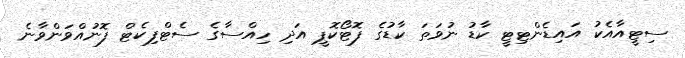
ސިޓީއާއެކު އައިޑެންޓިޓީ ކާޑު ނުވަތަ ކާޑުގެ ފޮޓޯކޮޕީ އަދި ހިއްސާގެ ސެޓްފިކެޓް ފޮނުއްވަންވާނެ